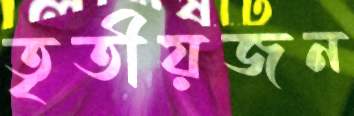
তৃতীয়জন